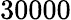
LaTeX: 30000